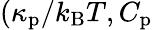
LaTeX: (\kappa_{\mathrm{p}}/k_{\mathrm{B}}T,C_{\mathrm{p}}